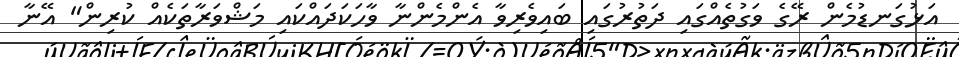
އަޅުގަނޑުމެން ރޭގެ ވަގުތެއްގައި ދަތުރުގައި ބައިވެރިވާ އެންމެންނާ ވާހަކަދައްކައި މަޝްވަރާތަކެއް ކުރިން" އޭނާ